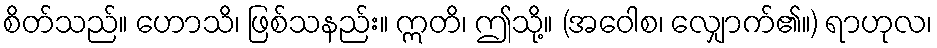
စိတ်သည်။ ဟောသိ၊ ဖြစ်သနည်း။ ဣတိ၊ ဤသို့။ (အဝေါစ၊ လျှောက်၏။) ရာဟုလ၊